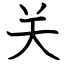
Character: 关